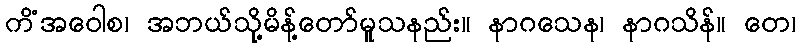
ကိံအဝေါစ၊ အဘယ်သို့မိန့်တော်မူသနည်း။ နာဂသေန၊ နာဂသိန်။ တေ၊